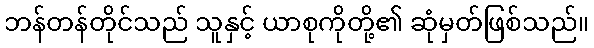
ဘန်တန်တိုင်သည် သူနှင့် ယာစုကိုတို့၏ ဆုံမှတ်ဖြစ်သည်။